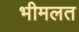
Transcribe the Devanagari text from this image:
भीमलत